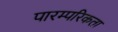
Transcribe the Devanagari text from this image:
पारम्परिकता